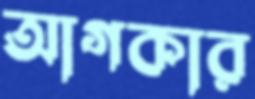
আগকার